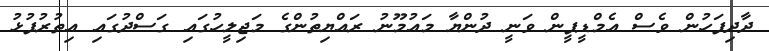
ދާދިފަހުން ވެސް އެމްޑީޕީން ވަނީ ދުންޔާ މައުމޫނު ރައްޔިތުންގެ މަޖިލީހުގައި ގަސްދުގައި އިތުރުފުޅު